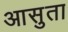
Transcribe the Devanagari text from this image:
आसुता